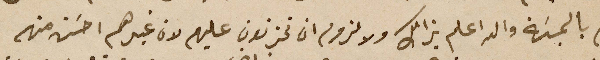
ام بالمسَبة والله اعلم بذالك ولا لزوم ان تحزنون عليهم لان غيرهم احسَن منهم